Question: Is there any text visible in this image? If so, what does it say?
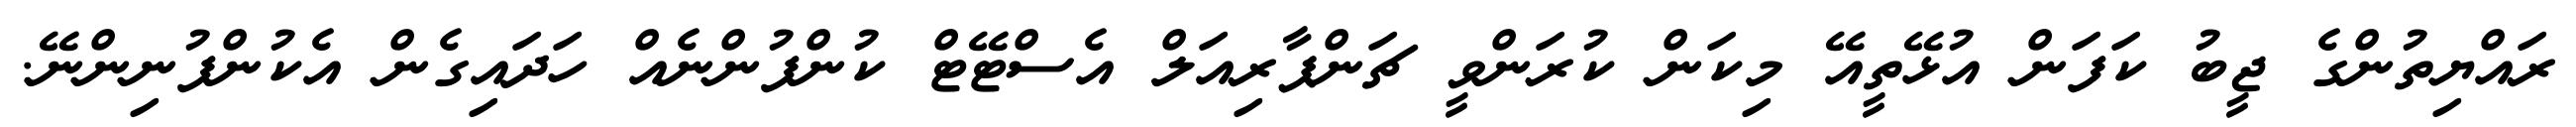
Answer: ރައްޔިތުންގެ ޖީބު ކަފަން އުޅޭތީއޭ މިކަން ކުރަންވީ ޗަންޕާރިއަލް އެސްޓޭޓް ކުންފުންނެއް ހަދައިގެން އެކުންފުނިންނޭ.